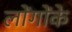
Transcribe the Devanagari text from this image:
लोंगोंके